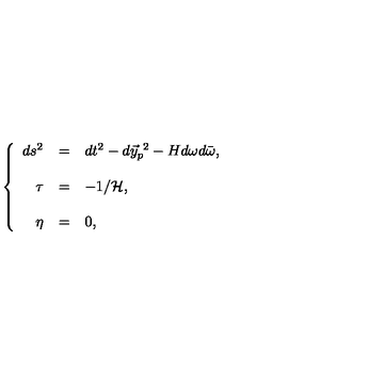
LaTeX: \left\{ \begin{array} { r c l } { d s ^ { 2 } } & { = } & { d t ^ { 2 } - d \vec { y } _ { p } ^ { \ 2 } - H d \omega d \bar { \omega } , } \\ { } & { } & { } \\ { \tau } & { = } & { - 1 / { \cal H } , } \\ { } & { } & { } \\ { \eta } & { = } & { 0 , } \\ \end{array} \right.